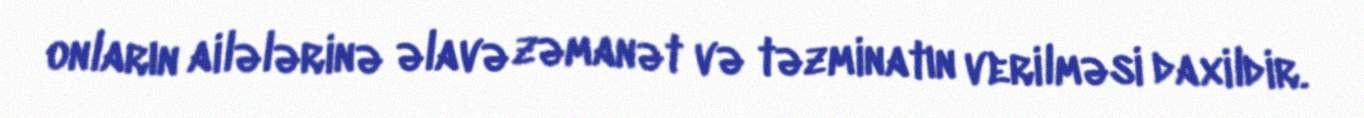
onların ailələrinə əlavə zəmanət və təzminatın verilməsi daxildir.